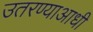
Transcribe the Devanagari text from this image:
उतरण्याआधी